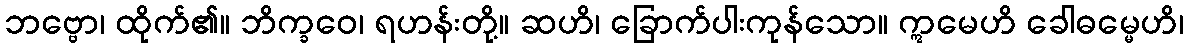
ဘဗ္ဗော၊ ထိုက်၏။ ဘိက္ခဝေ၊ ရဟန်းတို့။ ဆဟိ၊ ခြောက်ပါးကုန်သော။ ဣမေဟိ ခေါဓမ္မေဟိ၊